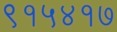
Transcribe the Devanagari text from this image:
९१५४१७